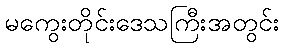
မကွေးတိုင်းဒေသကြီးအတွင်း